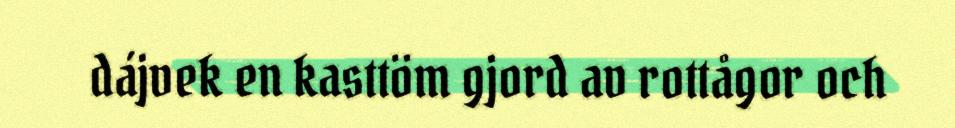
dájvek en kasttöm gjord av rottågor och